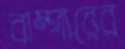
বাম্পারের